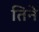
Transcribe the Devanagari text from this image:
तिनेे